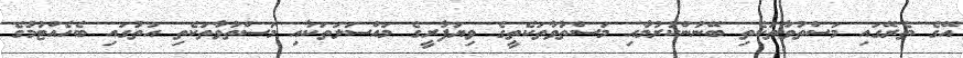
އޭގެ ތެރޭގައި މަސްތުވާތަކެތި ބޭނުންކުރުމާއި މަސްތުވާތަކެތީގެ ވިޔަފާރީގެ މައްސަލަތަކާއި މަސްތުވާތަކެތި އަތުގައި ބެހެއްޓުމުގެ